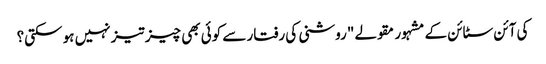
کی آئن سٹائن کے مشہور مقولے "روشنی کی رفتار سے کوئی بھی چیز تیز نہیں ہو سکتی؟